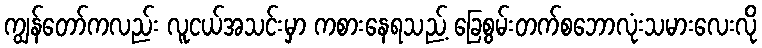
ကျွန်တော်ကလည်း လူငယ်အသင်းမှာ ကစားနေရသည့် ခြေစွမ်းတက်စဘောလုံးသမားလေးလို